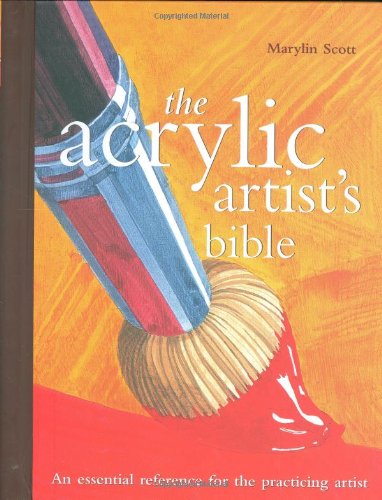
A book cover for Acrylic Artist's Bible (Artist's Bibles); Marylin Scott; Arts & Photography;